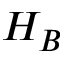
H _ { B }